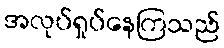
အလုပ်ရှုပ်နေကြသည်